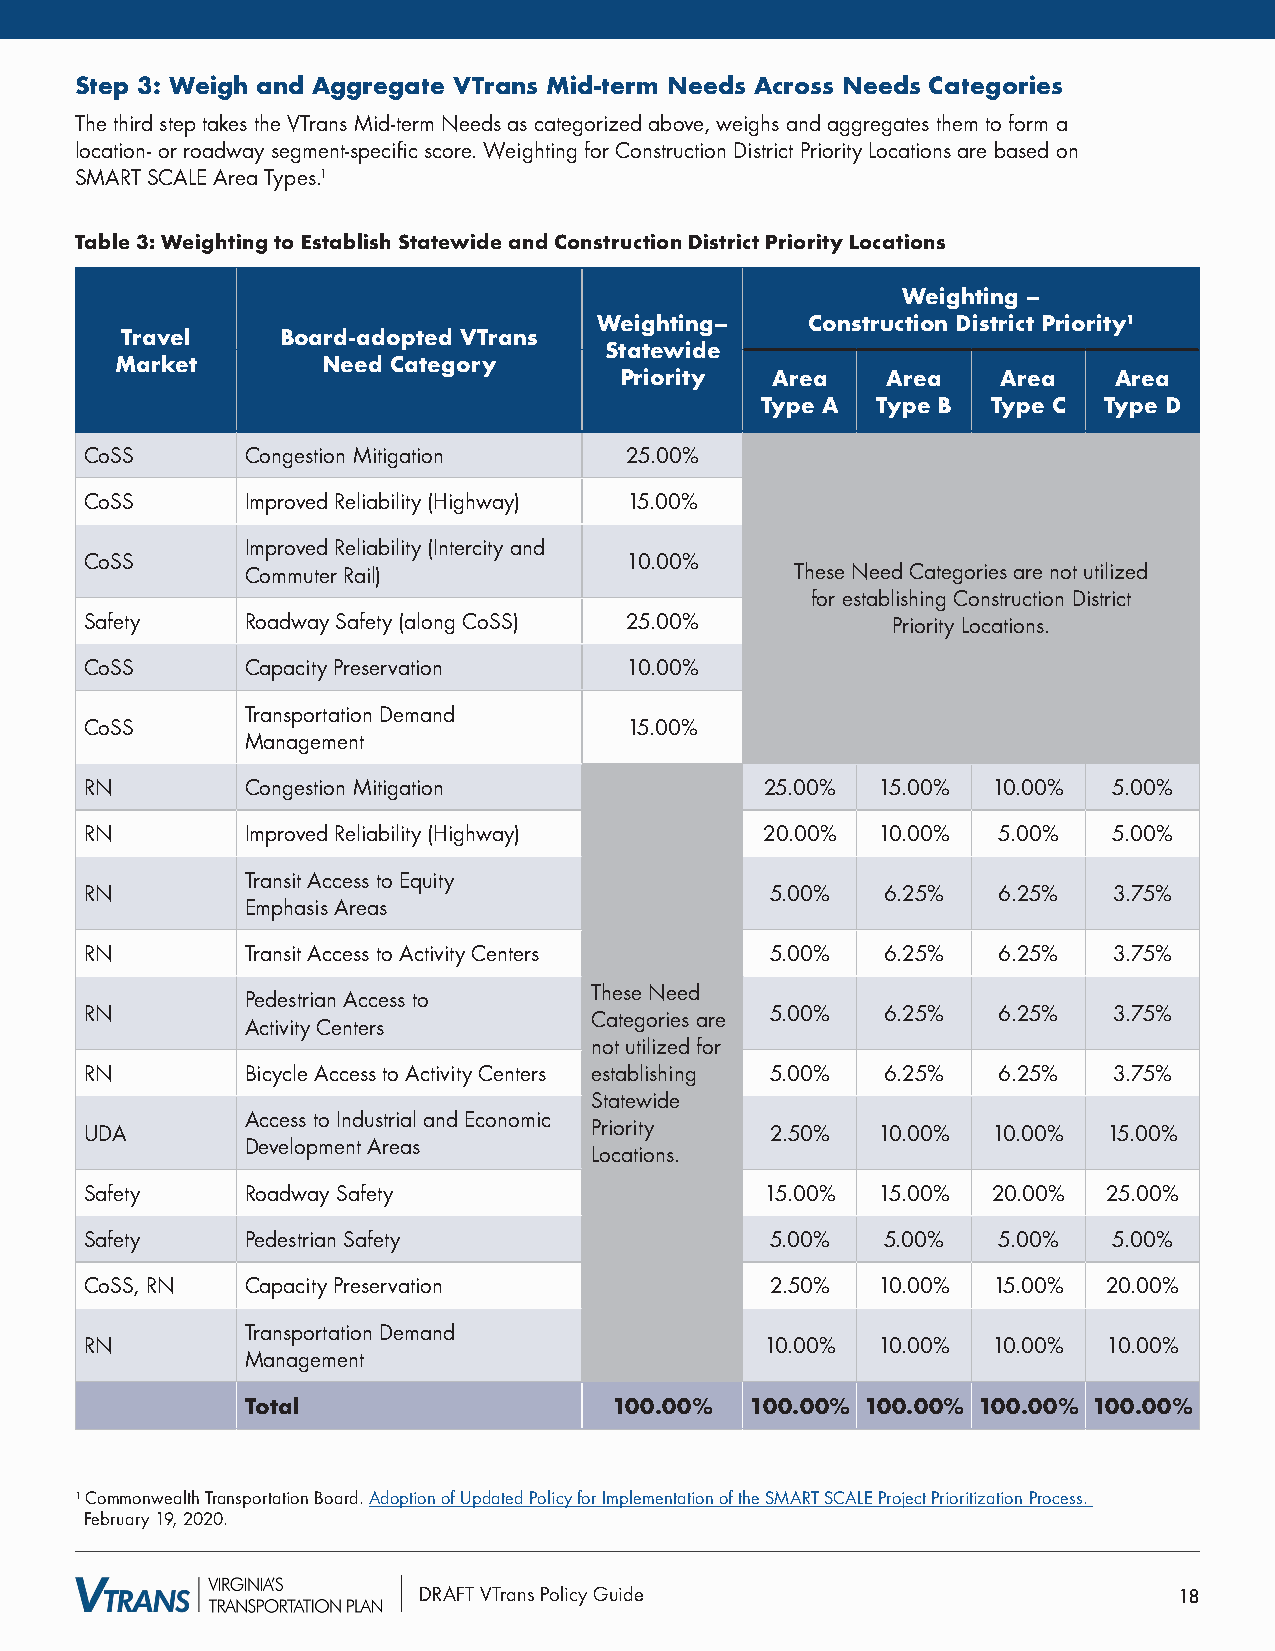
Step 3: Weigh and Aggregate VTrans Mid-term Needs Across Needs Categories
 The third step takes the VTrans Mid-term Needs as categorized above, weighs and aggregates them to form a
 location- or roadway segment-specific score. Weighting for Construction District Priority Locations are based on
 SMART SCALE Area Types.1
 Table 3: Weighting to Establish Statewide and Construction District Priority Locations
 Weighting –
 Weighting–    Construction District Priority1
 Travel     Board-adopted VTrans
 Statewide
 Market       Need Category
 Priority  Area    Area   Area    Area
 Type A  Type B  Type C Type D
 CoSS      Congestion Mitigation    25.00%
 CoSS      Improved Reliability (Highway) 15.00%
 Improved Reliability (Intercity and
 CoSS                               10.00%
 Commuter Rail)                       These Need Categories are not utilized
 for establishing Construction District
 Safety    Roadway Safety (along CoSS) 25.00%         Priority Locations.
 CoSS      Capacity Preservation    10.00%
 Transportation Demand
 CoSS                               15.00%
 Management
 RN        Congestion Mitigation              25.00% 15.00%  10.00%  5.00%
 RN        Improved Reliability (Highway)     20.00% 10.00%  5.00%   5.00%
 Transit Access to Equity
 RN                                           5.00%   6.25%  6.25%   3.75%
 Emphasis Areas
 RN        Transit Access to Activity Centers 5.00%   6.25%  6.25%   3.75%
 These Need
 Pedestrian Access to
 RN                               Categories are 5.00% 6.25% 6.25%   3.75%
 Activity Centers
 not utilized for
 RN        Bicycle Access to Activity Centers establishing 5.00% 6.25% 6.25% 3.75%
 Statewide
 Access to Industrial and Economic
 UDA                              Priority    2.50%  10.00%  10.00% 15.00%
 Development Areas
 Locations.
 Safety    Roadway Safety                     15.00% 15.00%  20.00% 25.00%
 Safety    Pedestrian Safety                  5.00%   5.00%  5.00%   5.00%
 CoSS, RN  Capacity Preservation              2.50%  10.00%  15.00% 20.00%
 Transportation Demand
 RN                                           10.00% 10.00%  10.00% 10.00%
 Management
 Total                    100.00%  100.00% 100.00% 100.00% 100.00%
 1 Commonwealth Transportation Board. Adoption of Updated Policy for Implementation of the SMART SCALE Project Prioritization Process.
 February 19, 2020.
 DRAFT VTrans Policy Guide                         18